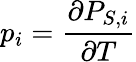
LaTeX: p_{i}={\frac{\partial P_{S,i}}{\partial T}}